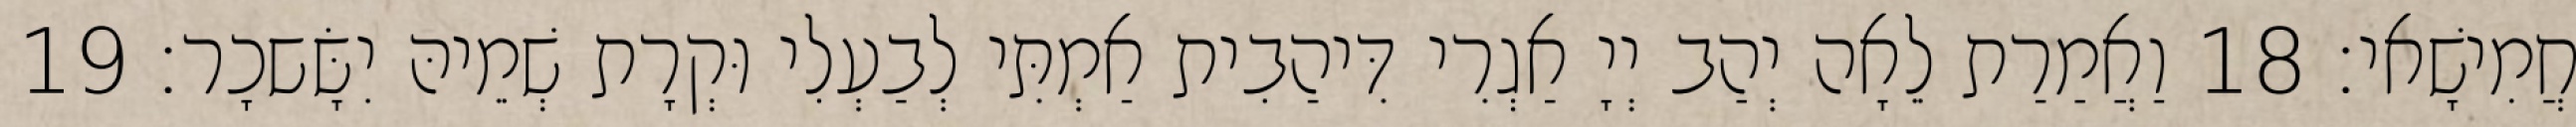
חֲמִישָׁאי׃ 18 וַאֲמַרַת לֵאָה יְהַב יְיָ אַגְרִי דִּיהַבִית אַמְתִּי לְבַעְלִי וּקְרָת שְׁמֵיהּ יִשָּׂשכָר׃ 19